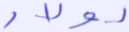
دولار